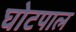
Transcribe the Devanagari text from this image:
घोटपाल